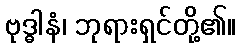
ဗုဒ္ဓါနံ၊ ဘုရားရှင်တို့၏။